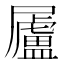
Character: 𡳬